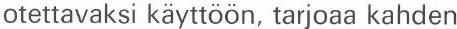
otettavaksi käyttöön, tarjoaa kahden